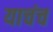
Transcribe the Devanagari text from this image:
याचंच